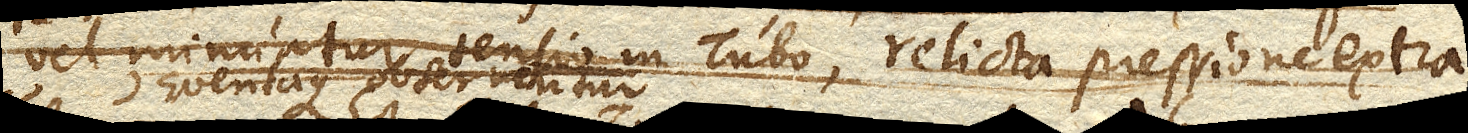
vel minuatur tensio in Tubo, relicta pressione extra